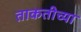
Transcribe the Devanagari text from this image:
ताकतीच्या